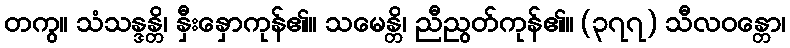
တကွ။ သံသန္ဒန္တိ၊ နှီးနှောကုန်၏။ သမေန္တိ၊ ညီညွတ်ကုန်၏။ (၃၇၇) သီလဝန္တော၊